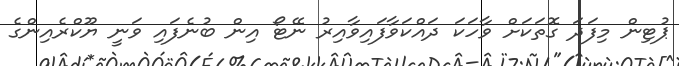
ޕުޓިން މިފަދަ ގޮތަކަށް ވާހަކަ ދައްކަވާފައިވާއިރު ނޭޓޯ އިން ބުނެފައި ވަނީ ޔޫކްރެއިންގެ